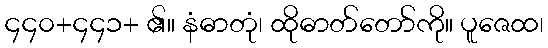
၄၄၀+၄၄၁+ ၏။ နံဓာတုံ၊ ထိုဓာတ်တော်ကို။ ပူဇေထ၊